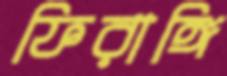
ফিরাঙ্গি